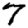
Digit: 7